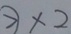
\textcircled { > } \times 2